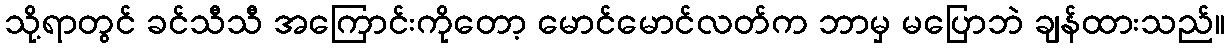
သို့ရာတွင် ခင်သီသီ အကြောင်းကိုတော့ မောင်မောင်လတ်က ဘာမှ မပြောဘဲ ချန်ထားသည်။